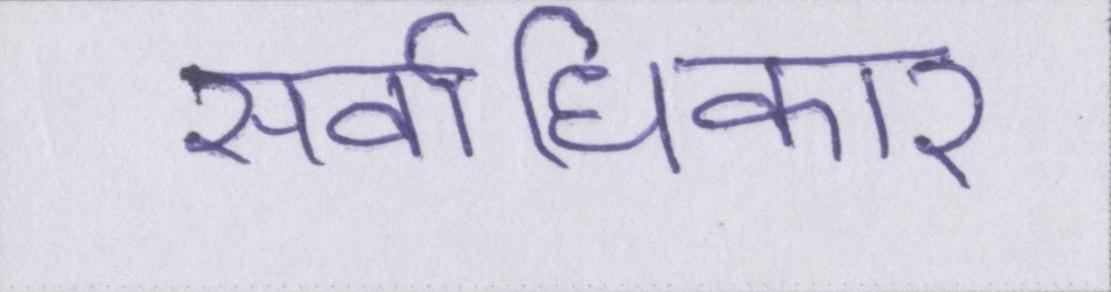
सर्वाधिकार